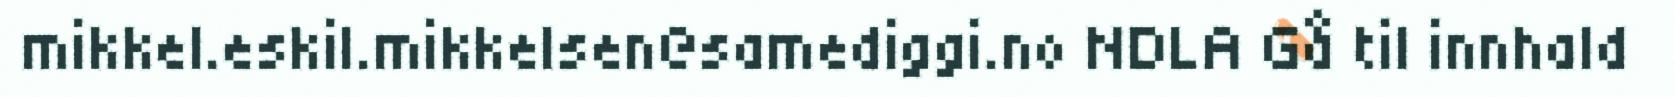
mikkel.eskil.mikkelsen@samediggi.no NDLA Gå til innhald